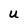
Character: U